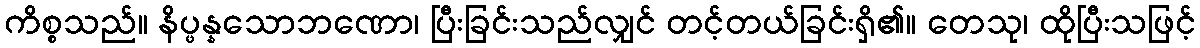
ကိစ္စသည်။ နိပ္ဖန္နသောဘဏော၊ ပြီးခြင်းသည်လျှင် တင့်တယ်ခြင်းရှိ၏။ တေသု၊ ထိုပြီးသဖြင့်